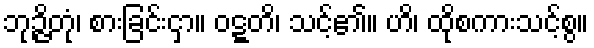
ဘုဉ္ဇိတုံ၊ စားခြင်းငှာ။ ဝဋ္ဋတိ၊ သင့်၏။ ဟိ၊ ထိုစကားသင့်စွ။